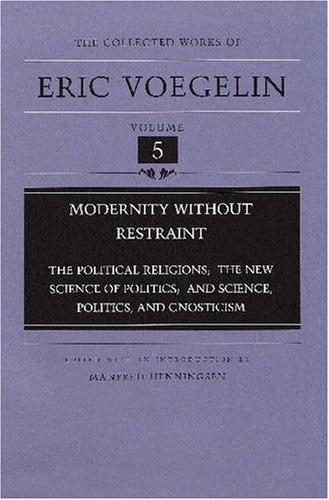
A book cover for Modernity Without Restraint: The Political Religions, The New Science of Politics, and Science, Politics, and Gnosticism (Collected Works of Eric Voegelin, Volume 5); Eric Voegelin; Christian Books & Bibles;